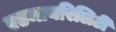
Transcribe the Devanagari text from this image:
एडमायरिलिटी